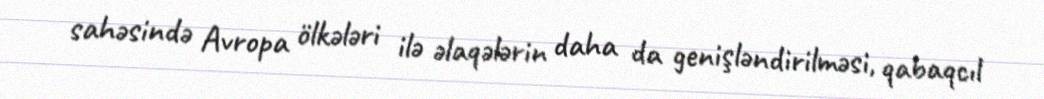
sahəsində Avropa ölkələri ilə əlaqələrin daha da genişləndirilməsi, qabaqcıl